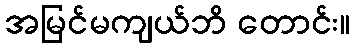
အမြင်မကျယ်ဘိ တောင်း။